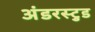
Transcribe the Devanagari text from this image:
अंडरस्टुड